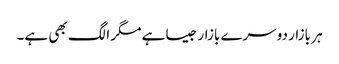
ہر بازار دوسرے بازار جیسا ہے مگر الگ بھی ہے۔